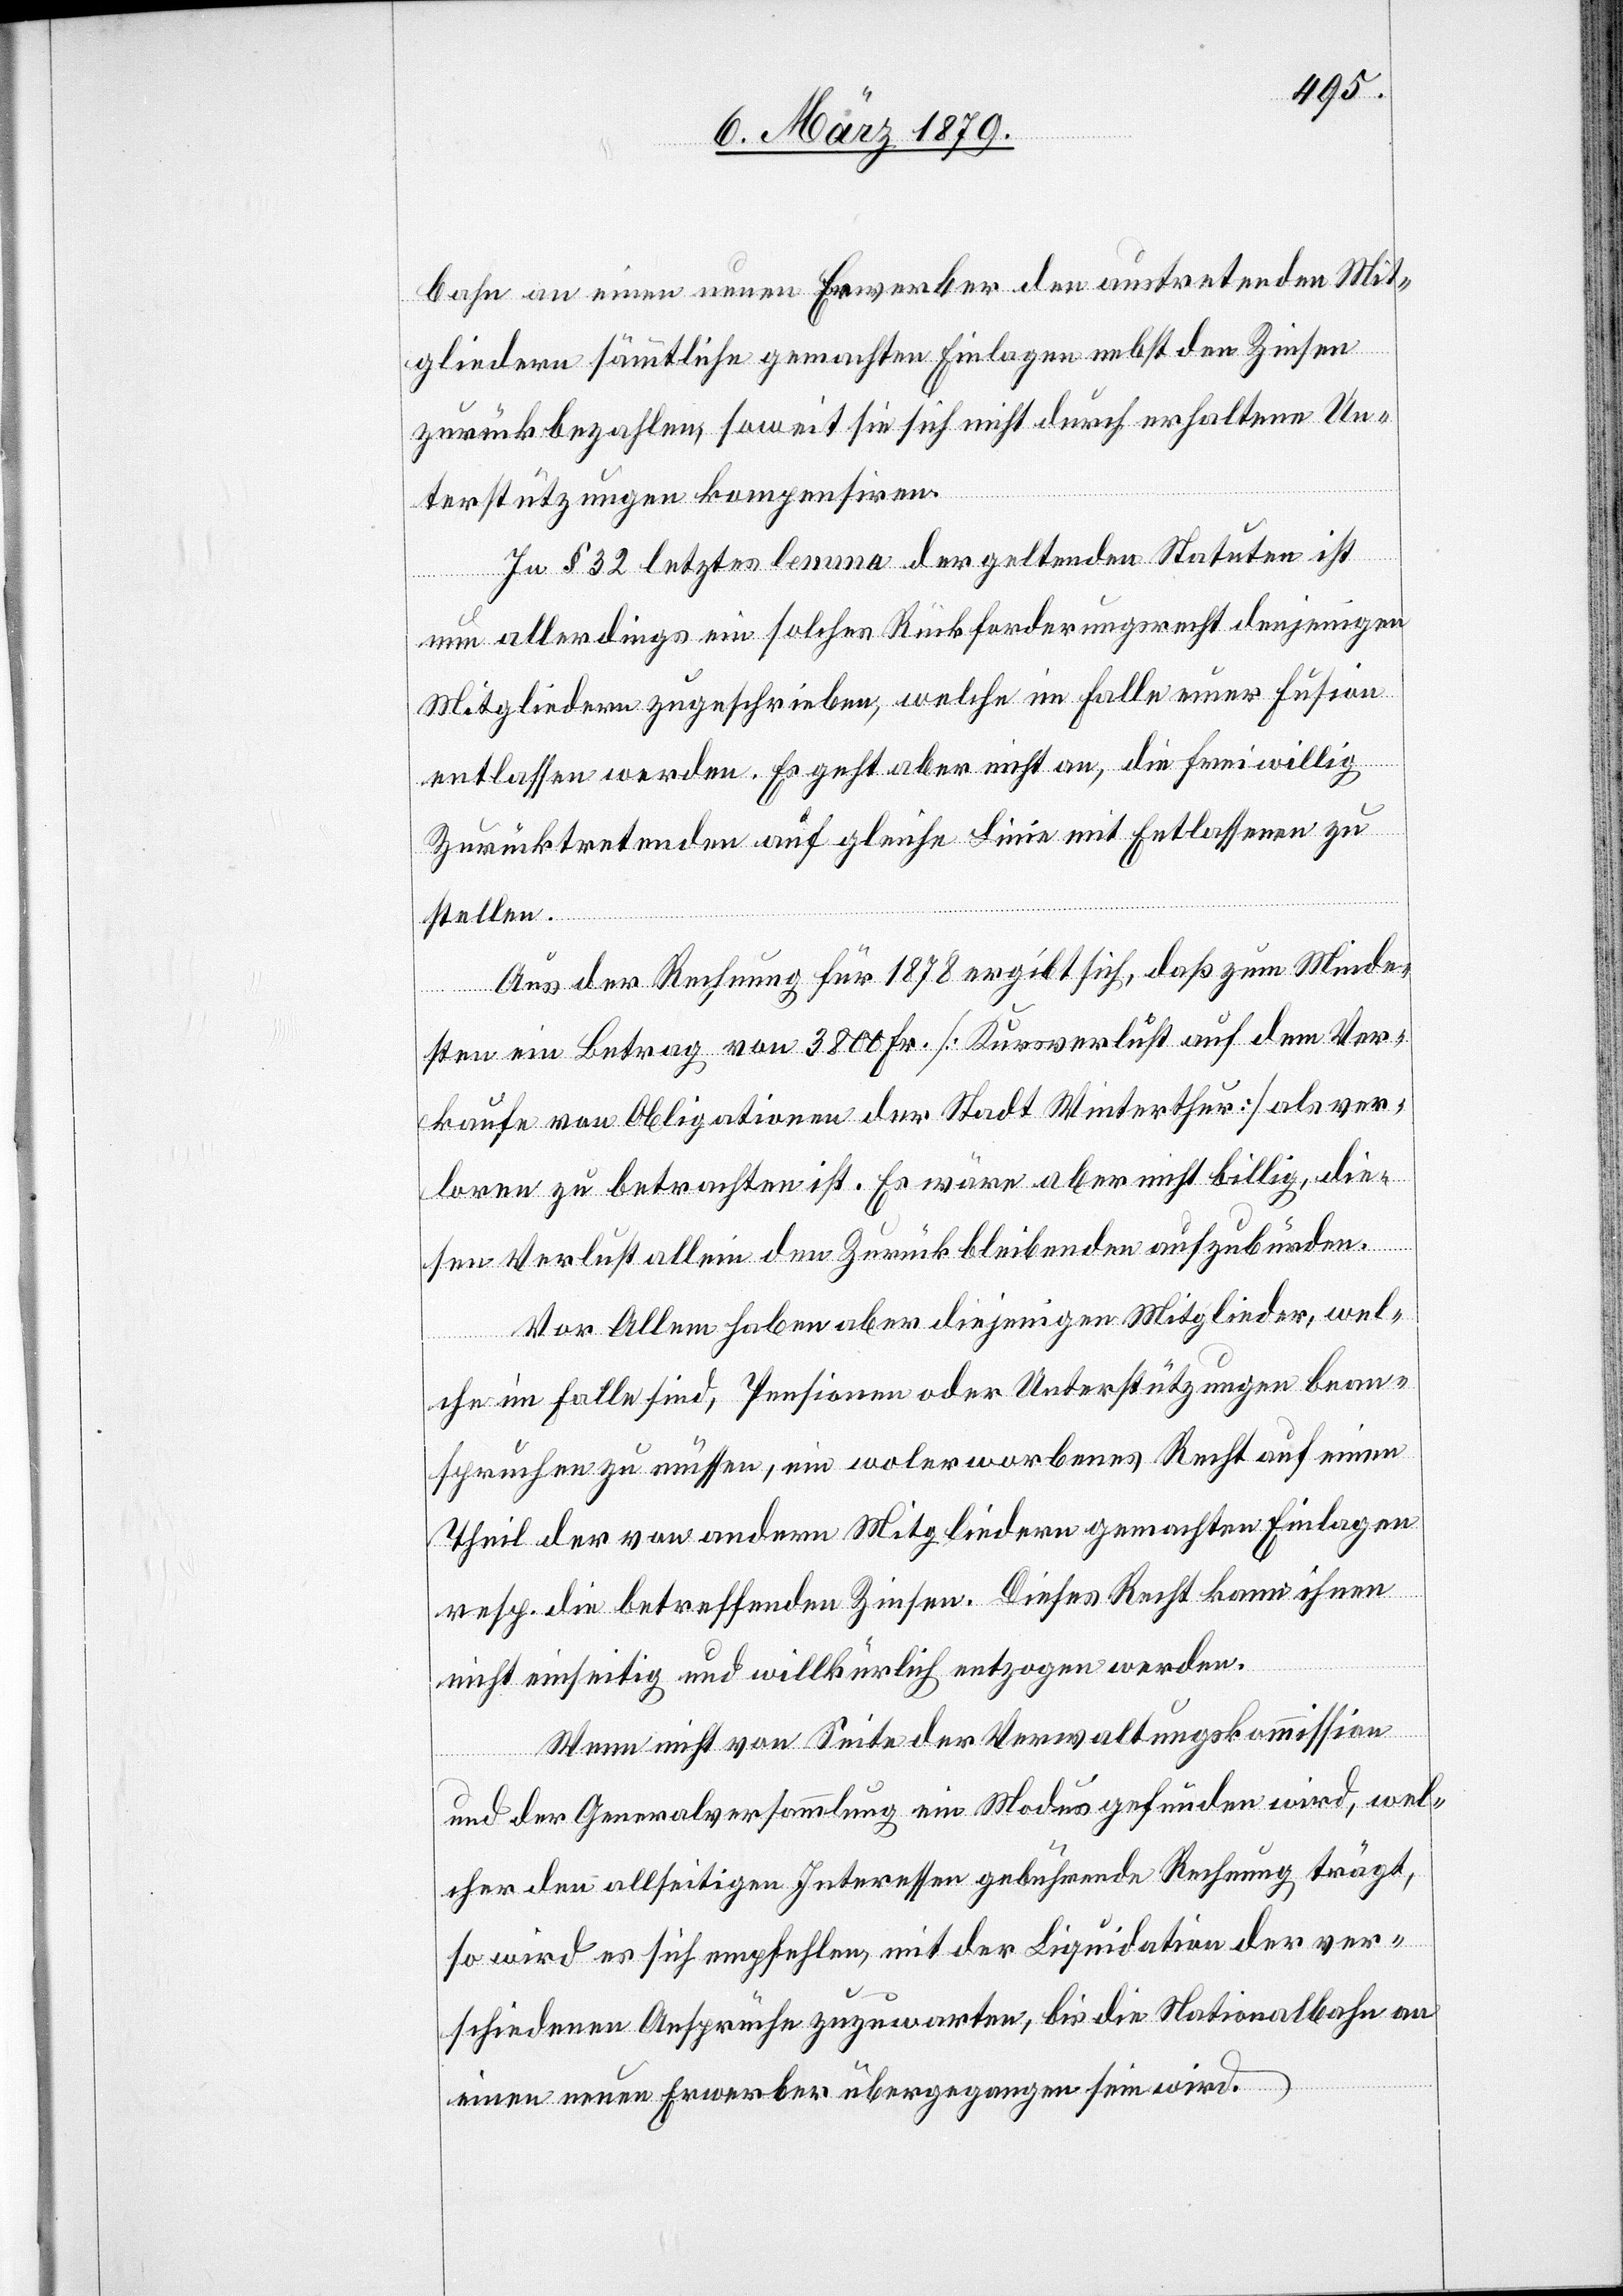
bahn an einen neuen Erwerber den austretenden Mit¬
gliedern sämmtliche gemachten Einlagen nebst den Zinsen
zurückbezahlen, soweit sie sich nicht durch erhaltene Un¬
terstützungen kompensiren.
In § 32 letztes lemma der geltenden Statuten ist
nun allerdings ein solches Rückforderungsrecht denjenigen
Mitgliedern zugeschrieben, welche im Falle einer Fusion
entlassen werden. Es geht aber nicht an, die freiwillig
Zurücktretenden auf gleiche Linie mit Entlassenen zu
stellen.
Aus der Rechnung für 1878 ergibt sich, daß zum Minde¬
sten ein Betrag von 3800 Fr. [Kursverlust auf dem Ver¬
kaufe von Obligationen der Stadt Winterthur] als ver¬
loren zu betrachten ist. Es wäre aber nicht billig, die¬
sen Verlust allein den Zurückbleibenden aufzubürden.
Vor allem haben aber diejenigen Mitglieder, wel¬
che im Falle sind, Pensionen oder Unterstützungen bean¬
spruchen zu müssen, ein wolerworbenes Recht auf einen
Theil der von andern Mitgliedern gemachten Einlagen
resp. die betreffenden Zinsen. Dieses Recht kann ihnen
nicht einseitig und willkürlich entzogen werden.
Wenn nicht von Seite der Verwaltungskommission
und der Generalversammlung ein Modus gefunden wird, wel¬
cher den allseitigen Interessen gebührende Rechnung trägt,
so wird es sich empfehlen, mit der Liquidation der ver¬
schiedenen Ansprüche zuzuwarten, bis die Nationalbahn an
einen neuen Erwerber übergegangen sein wird.